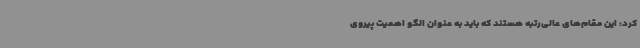
کرد: این مقام‌های عالی‌رتبه هستند که باید به عنوان الگو اهمیت پیروی